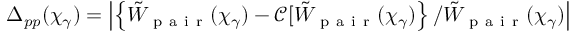
\Delta _ { p p } ( \chi _ { \gamma } ) = \left| \left\{ \tilde { W } _ { \mathrm { ~ p ~ a ~ i ~ r ~ } } ( \chi _ { \gamma } ) - \mathcal { C } [ \tilde { W } _ { \mathrm { ~ p ~ a ~ i ~ r ~ } } ( \chi _ { \gamma } ) \right\} / \tilde { W } _ { \mathrm { ~ p ~ a ~ i ~ r ~ } } ( \chi _ { \gamma } ) \right|